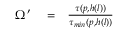
\begin{array} { r l r } { \Omega ^ { \prime } } & { { } = } & { \frac { \tau ( p , h ( l ) ) } { \tau _ { m i n } ( p , h ( l ) ) } } \end{array}